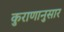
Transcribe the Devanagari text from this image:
कुराणानुसार